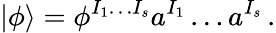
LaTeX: |\phi\rangle=\phi^{I_{1}\ldots I_{s}}a^{I_{1}}\ldots a^{I_{s}}\, .